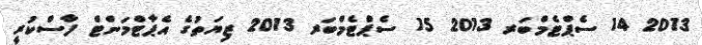
2013 14 ސެޕްޓެމްބަރ 2013 15 ސެޕްޓެމްބަރ 2013 ޒިޔަތުގެ އެޕާޓްމަންޓް ފާސްކުރީ